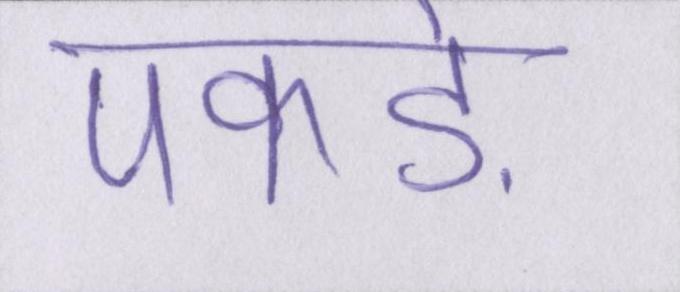
पकड़े